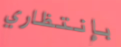
بإنتظاري